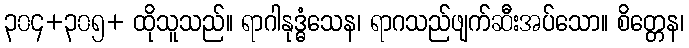
၃၀၄+၃၀၅+ ထိုသူသည်။ ရာဂါနုဒ္ဓံသေန၊ ရာဂသည်ဖျက်ဆီးအပ်သော။ စိတ္တေန၊